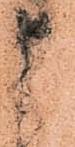
申